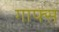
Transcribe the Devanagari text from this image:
गाफ्स